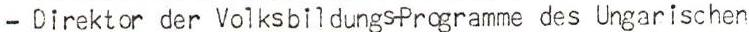
- Direktor der VolksbildungsProgramme des Ungarischen